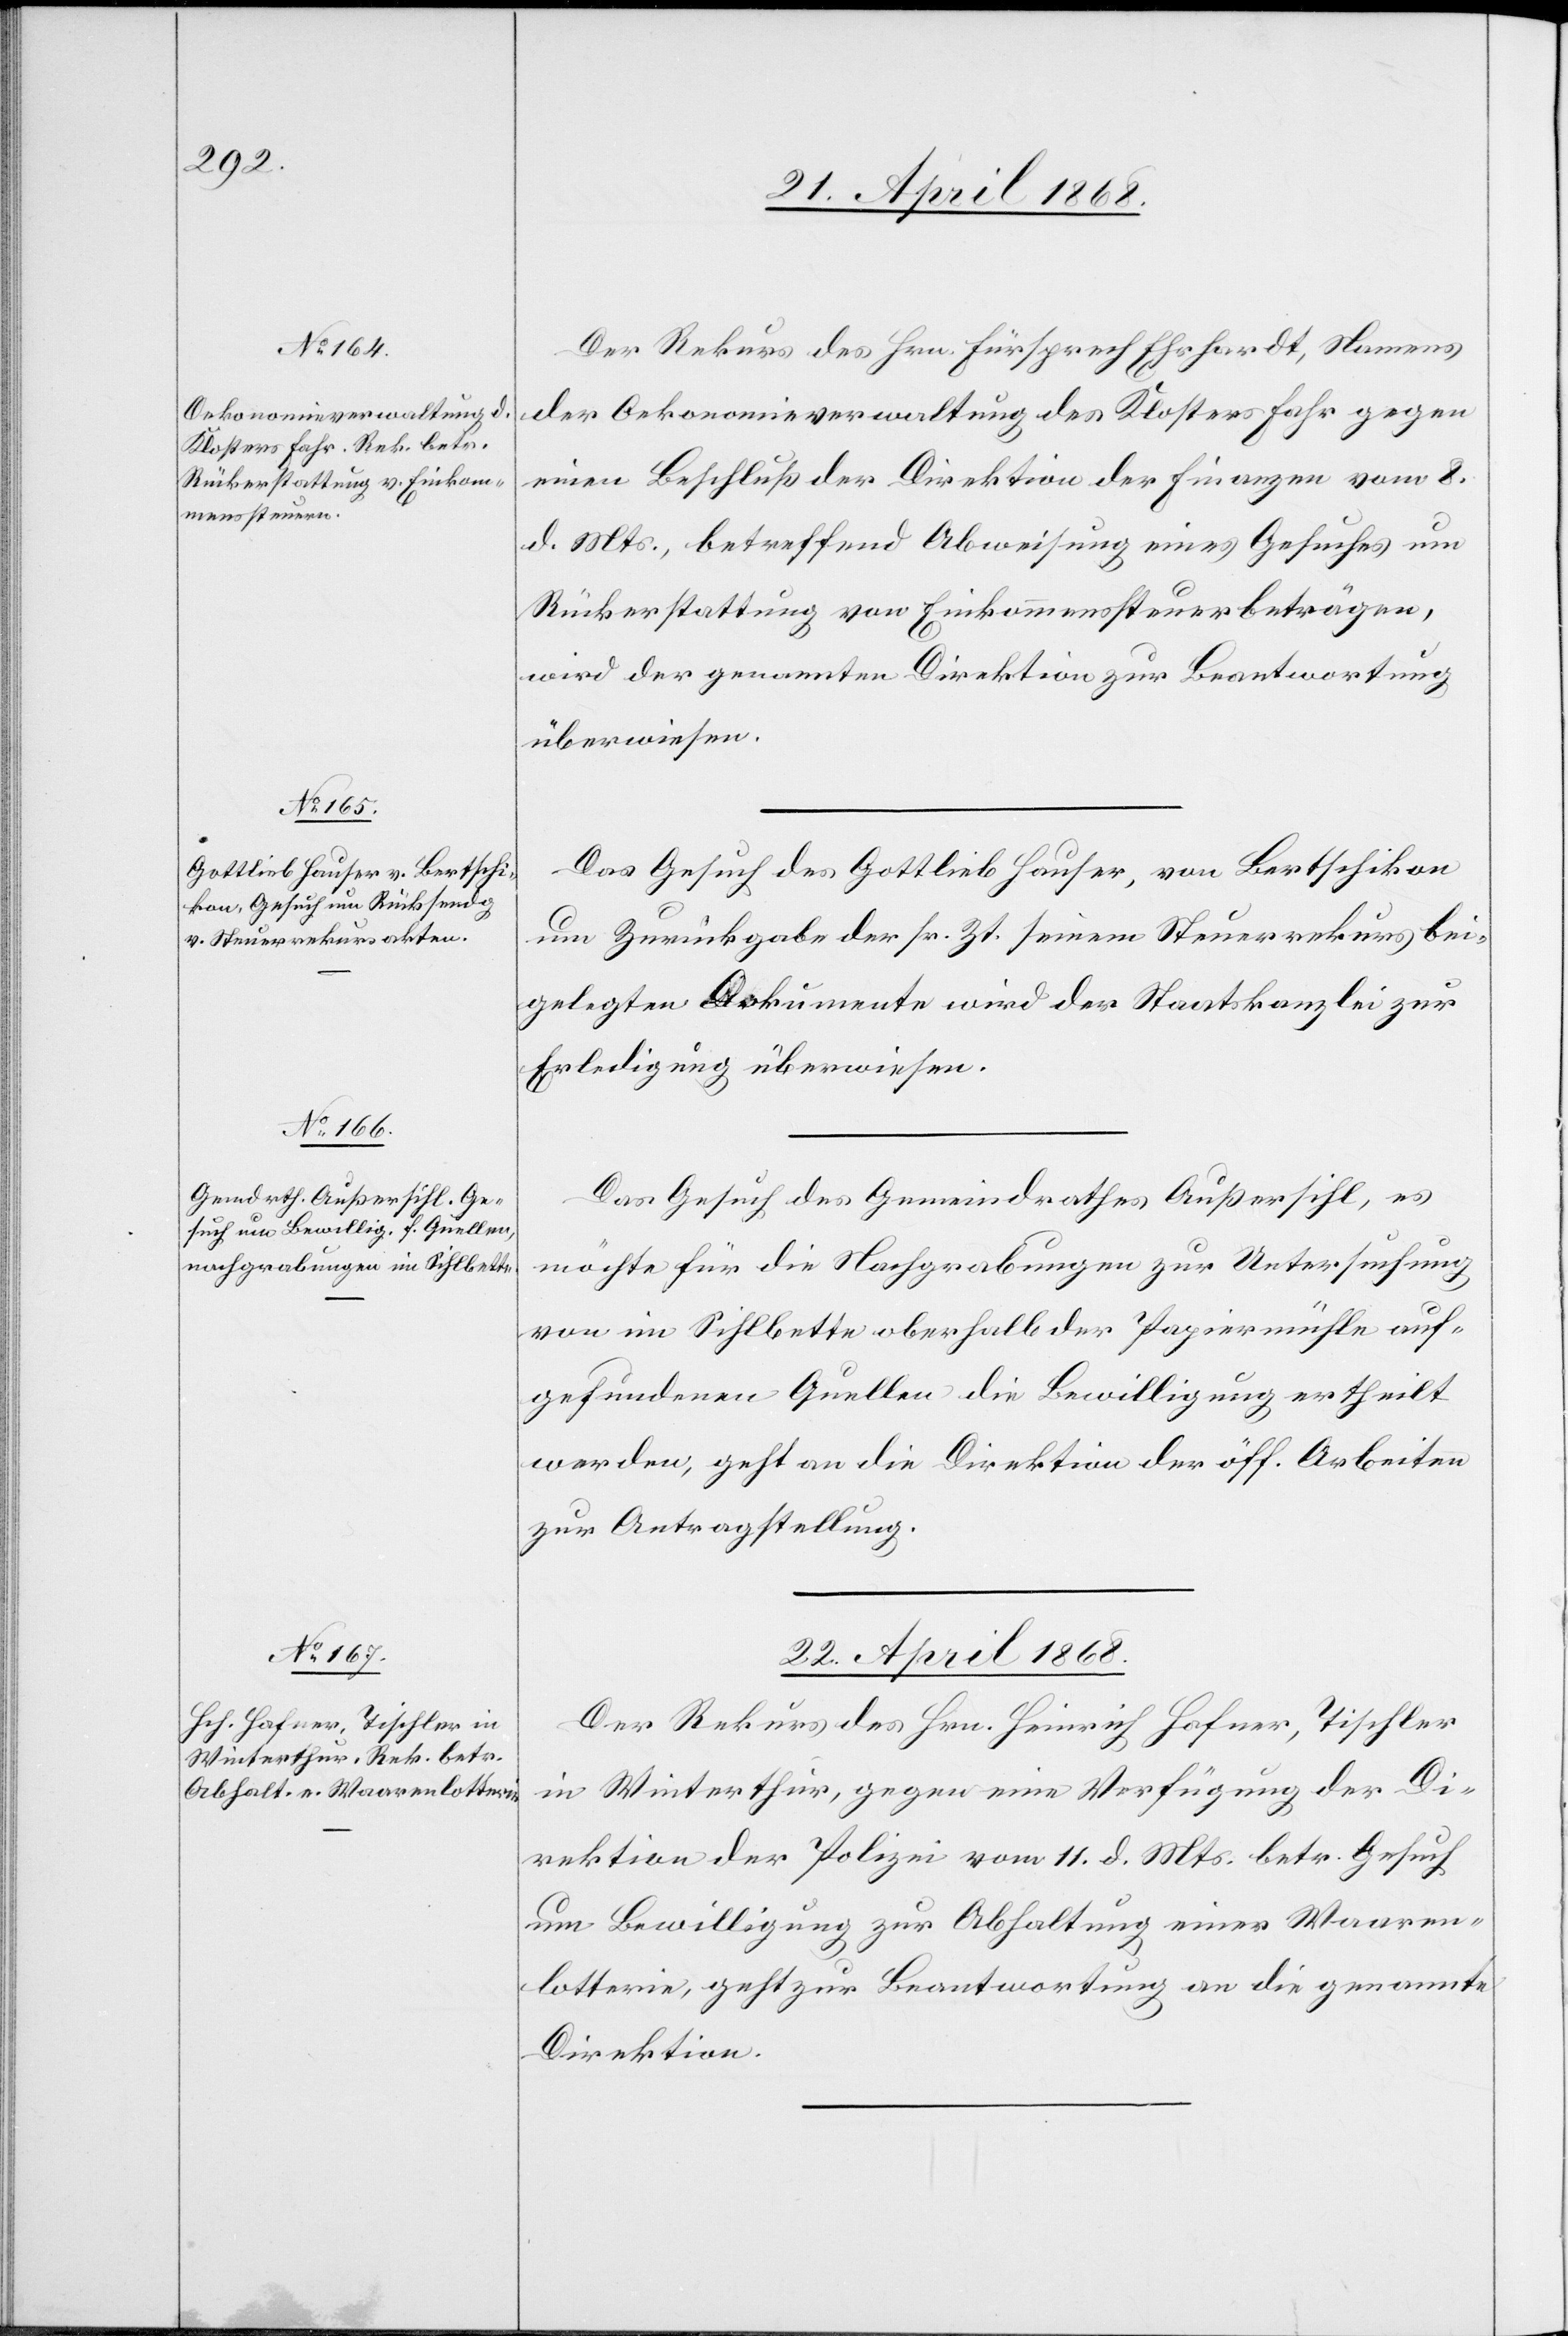
Der Rekurs des Hrn. Fürsprech Ehrhardt, Namens
der Oekonomieverwaltung des Klosters Fahr gegen
einen Beschluß der Direktion der Finanzen vom 8.
d. Mts., betreffend Abweisung eines Gesuches um
Rückerstattung von Einkommenssteuerbeträgen,
wird der genannten Direktion zur Beantwortung
überwiesen.
Das Gesuch des Gottlieb Hauser, von Bertschikon
um Zurückgabe der sr. Zt. seinem Steuerrekurs bei¬
gelegten Dokumente wird der Staatskanzlei zur
Erledigung überwiesen.
Das Gesuch des Gemeindrathes Außersihl, es
möchte für die Nachgrabungen zur Untersuchung
von im Sihlbette oberhalb der Papiermühle auf¬
gefundenen Quellen die Bewilligung ertheilt
werden, geht an die Direktion der öff. Arbeiten
zur Antragstellung.
22. April 1868.
Der Rekurs des Hrn. Heinrich Hafner, Tischler
in Winterthur, gegen eine Verfügung der Di¬
rektion der Polizei vom 11. d. Mts. betr. Gesuch
um Bewilligung zur Abhaltung einer Waaren¬
lotterie, geht zur Beantwortung an die genannte
Direktion.